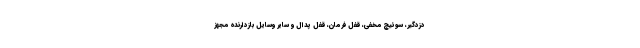
دزدگیر، سوئیچ مخفی، قفل فرمان، قفل پدال و سایر وسایل بازدارنده مجهز